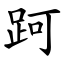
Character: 跒